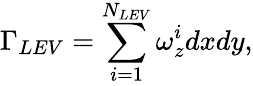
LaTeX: \Gamma_{LEV}=\sum_{i=1}^{N_{LEV}}\omega_{z}^{i}dxdy,